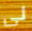
لي